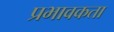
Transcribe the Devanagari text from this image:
प्रभावकता